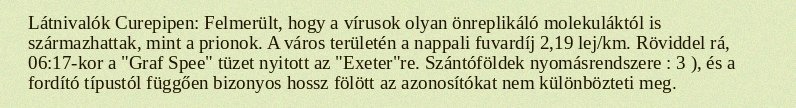
Látnivalók Curepipen: Felmerült, hogy a vírusok olyan önreplikáló molekuláktól is származhattak, mint a prionok. A város területén a nappali fuvardíj 2,19 lej/km. Röviddel rá, 06:17-kor a "Graf Spee" tüzet nyitott az "Exeter"re. Szántóföldek nyomásrendszere : 3 ), és a fordító típustól függően bizonyos hossz fölött az azonosítókat nem különbözteti meg.